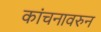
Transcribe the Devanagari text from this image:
कांचनावरुन